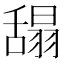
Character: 𦧭